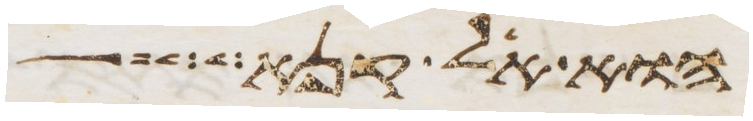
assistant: הוא אל קנא